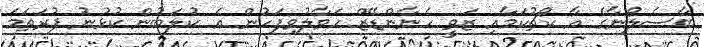
ބާސެލޯނާގެ އާ ކޯޗުކަމާއި ޒަވީ ހެނާންޑޭޒް ހަވާލުވިފަހުން އެ ކުލަބުން ކުޅުުނު ފުރަތަމަ